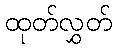
ထုတ်လွှတ်